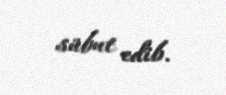
sübut edib.